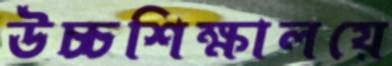
উচ্চশিক্ষালয়ে